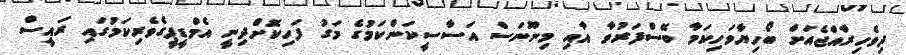
ދިވެހިރާއްޖެއަށް ބޯހިޔާވަހިކަމާ ބޭސްފަރުވާ އާއި މިނޫނަސް އަސާސީކަންކަމުގެ މަގު ފަހިކޮށްދިނީ އެމްޑީޕީގެވެރިކަމުގައި ރައީސް